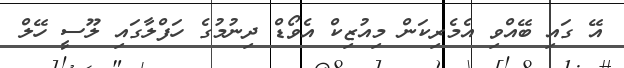
އޭ ގައި ބޭއްވި އެމެރިކަން މިއުޒިކް އެވޯޑް ދިނުމުގެ ހަފްލާގައި ލޫސީ ހޭލް